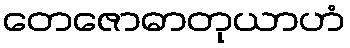
တေဇောဓာတုယာဟံ